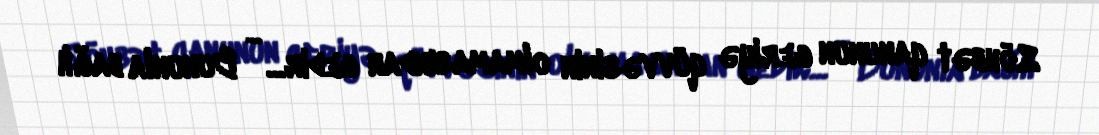
Söhbət qanunun geriyə qüvvəsinin olmamasından gedir... - Bununla bağlı